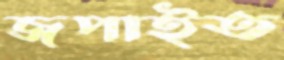
জপাইত